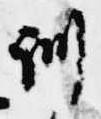
訓